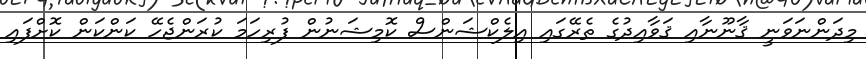
މިދަންނަވަނީ ޤާނޫނާއި ޤަވާއިދުގެ ތެރޭގައި އިލެކްޝަންސް ކޮމިޝަނުން ފުރިހަމަ ކުރަންޖެހޭ ކަންކަން ކޮށްފައި